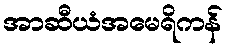
အာဆီယံအမေရိကန်